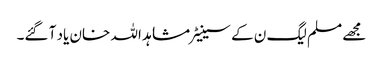
مجھے مسلم لیگ ن کے سینیٹر مشاہد اللہ خان یاد آ گئے۔